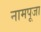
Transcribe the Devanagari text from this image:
नामपूजा